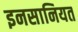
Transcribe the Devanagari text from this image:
इनसानियत